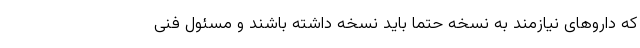
که داروهای نیازمند به نسخه حتما باید نسخه داشته باشند و مسئول فنی